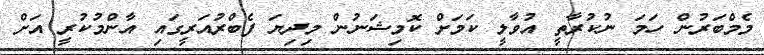
މެމްބަރުން ހަމަ ނުކުރާތީ އުވާލީ ކަމަށް ކޮމިޝަނުން މިދިޔަ ފެބްރުއަރީގައި އާންމުކުރީ އަށް